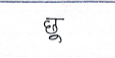
मजकूर: छू